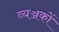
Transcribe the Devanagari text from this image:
व्यञ्जकों